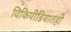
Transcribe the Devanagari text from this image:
विकिपीडियातही